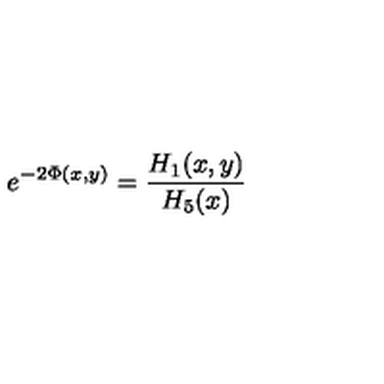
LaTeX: e ^ { - 2 \Phi ( x , y ) } = { \frac { H _ { 1 } ( x , y ) } { H _ { 5 } ( x ) } }